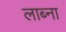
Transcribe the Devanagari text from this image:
लाब्ना